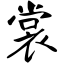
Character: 裳